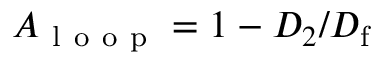
A _ { \mathrm { ~ l ~ o ~ o ~ p ~ } } = 1 - D _ { 2 } / D _ { \mathrm { f } }